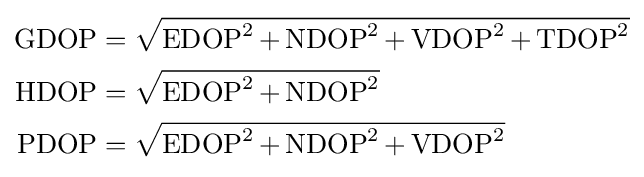
{\begin{aligned}\operatorname {GDOP} &={\sqrt {\operatorname {EDOP} ^{2}+\operatorname {NDOP} ^{2}+\operatorname {VDOP} ^{2}+\operatorname {TDOP} ^{2}}}\\\operatorname {HDOP} &={\sqrt {\operatorname {EDOP} ^{2}+\operatorname {NDOP} ^{2}}}\\\operatorname {PDOP} &={\sqrt {\operatorname {EDOP} ^{2}+\operatorname {NDOP} ^{2}+\operatorname {VDOP} ^{2}}}\end{aligned}}